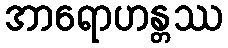
အာရောဟန္တဿ